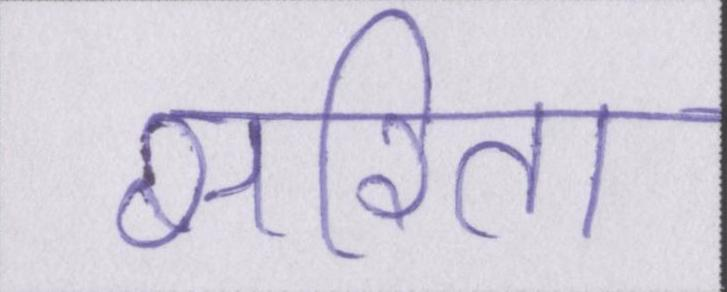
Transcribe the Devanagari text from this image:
सरिता